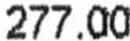
277.00